Scottish Leaving Certificate Examination, 1957
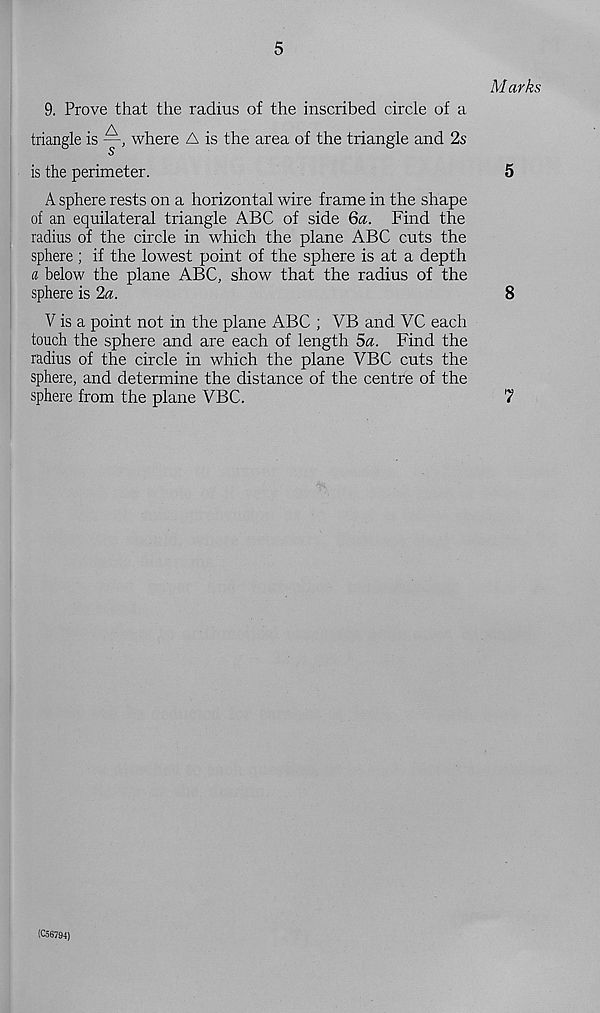
5
M arks
9. Prove that the radius of the inscribed circle of a
triangle is —, where A is the area of the triangle and 2s
■ S
is the perimeter.
5
A sphere rests on a horizontal wire frame in the shape
of an equilateral triangle ABC of side 6a. Find the
radius of the circle in which the plane ABC cuts the
sphere ; if the lowest point of the sphere is at a depth
a below the plane ABC, show that the radius of the
sphere is 2a.
8
V is a point not in the plane ABC ; VB and VC each
touch the sphere and are each of length 5a. Find the
radius of the circle in which the plane VBC cuts the
sphere, and determine the distance of the centre of the
sphere from the plane VBC.
7
(C56794)